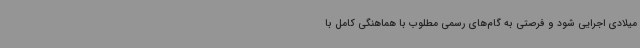
میلادی اجرایی شود و فرصتی به گام‌های رسمی مطلوب با هماهنگی کامل با